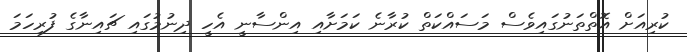
ކުރިއަށް އޮތްތަނުގައިވެސް މަސައްކަތް ކުރާނެ ކަމަށާއި އިންސާނީ އެހީ ދިނުމުގައި ޗައިނާގެ ފުރިހަމަ